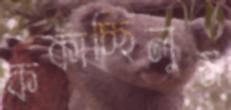
ককাচ্ছিলুম